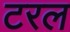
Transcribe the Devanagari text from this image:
टरल